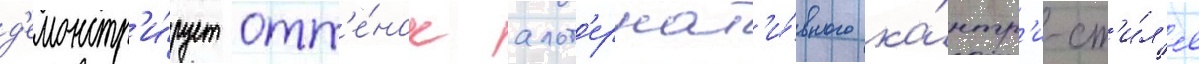
д'емонстр'и́рует отт'е́нок альт'ернат'и́вного ка́нтр'и-ст'и́л'я